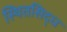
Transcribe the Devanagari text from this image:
स्थितसिद्ध